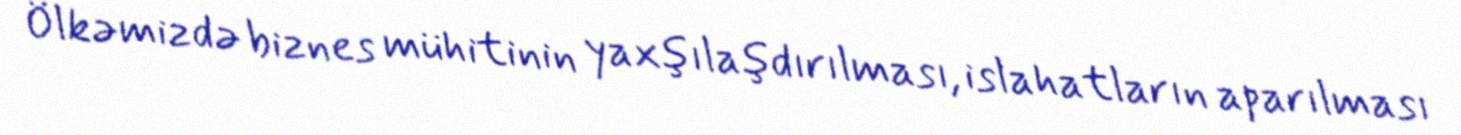
Ölkəmizdə biznes mühitinin yaxşılaşdırılması, islahatların aparılması